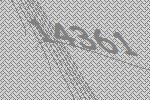
14361